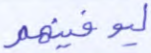
ليوفينهم